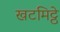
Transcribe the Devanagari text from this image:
खटमिट्ठे